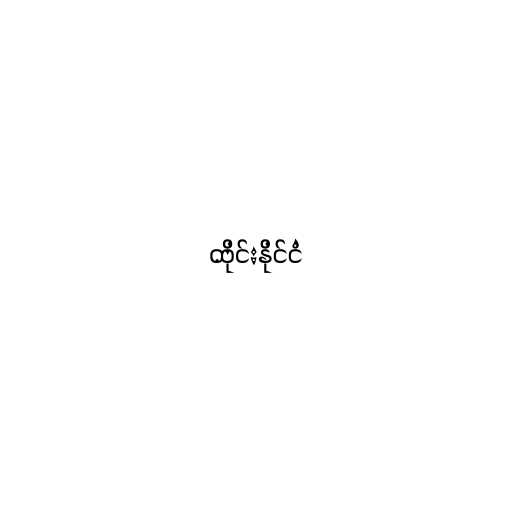
ထိုင်းနိုင်ငံ